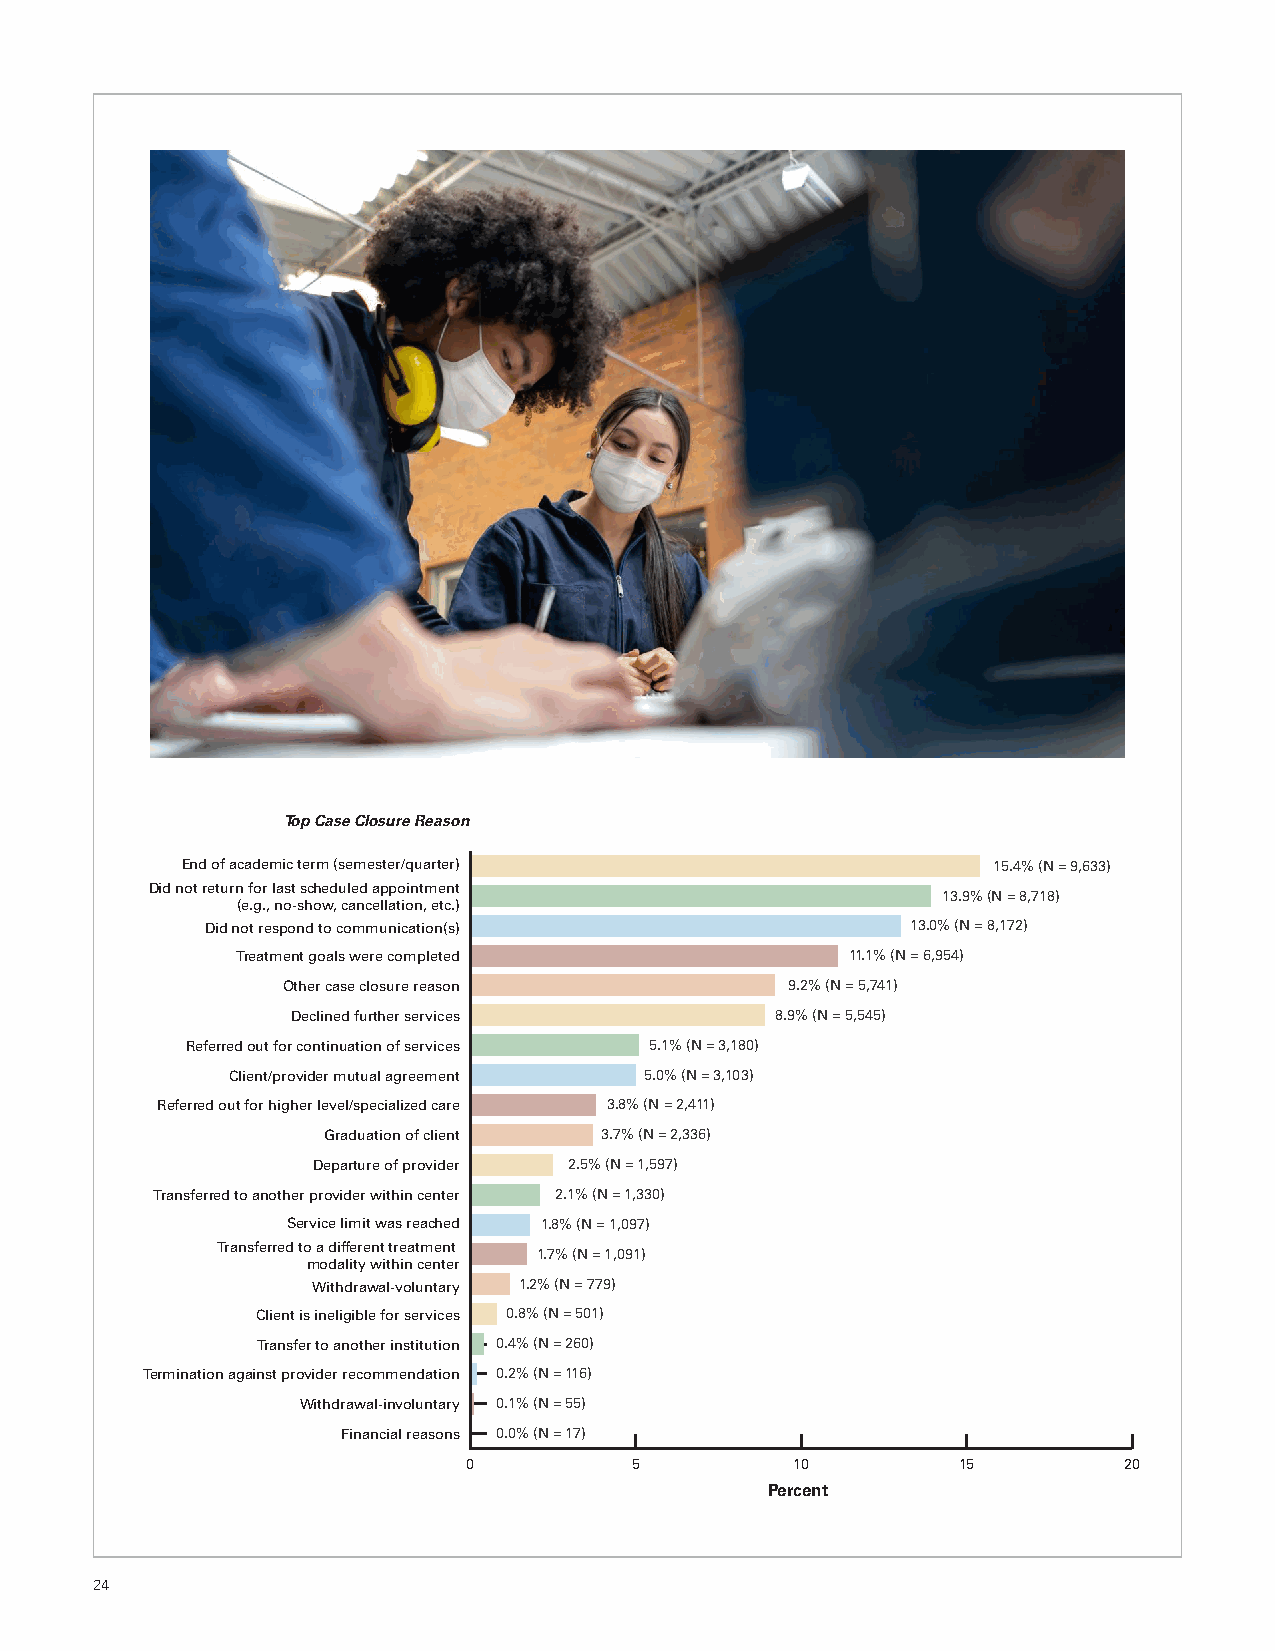
Top Case Closure Reason
 End of academic term (semester/quarter)               15.4% (N = 9,633)
 Did not return for last scheduled appointment
 13.9% (N = 8,718)
 (e.g., no-show, cancellation, etc.)
 Did not respond to communication(s)           13.0% (N = 8,172)
 Treatment goals were completed          11.1% (N = 6,954)
 Other case closure reason        9.2% (N = 5,741)
 Declined further services       8.9% (N = 5,545)
 Referred out for continuation of services 5.1% (N = 3,180)
 Client/provider mutual agreement 5.0% (N = 3,103)
 Referred out for higher level/specialized care 3.8% (N = 2,411)
 Graduation of client 3.7% (N = 2,336)
 Departure of provider 2.5% (N = 1,597)
 Transferred to another provider within center 2.1% (N = 1,330)
 Service limit was reached 1.8% (N = 1,097)
 Transferred to a different treatment
 1.7% (N = 1,091)
 modality within center
 Withdrawal-voluntary 1.2% (N = 779)
 Client is ineligible for services 0.8% (N = 501)
 Transfer to another institution 0.4% (N = 260)
 Termination against provider recommendation 0.2% (N = 116)
 Withdrawal-involuntary 0.1% (N = 55)
 Financial reasons 0.0% (N = 17)
 0          5          10        15         20
 Percent
 24